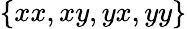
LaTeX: \{ xx,xy,yx,yy\}